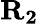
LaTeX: \mathbf{R_{2}}